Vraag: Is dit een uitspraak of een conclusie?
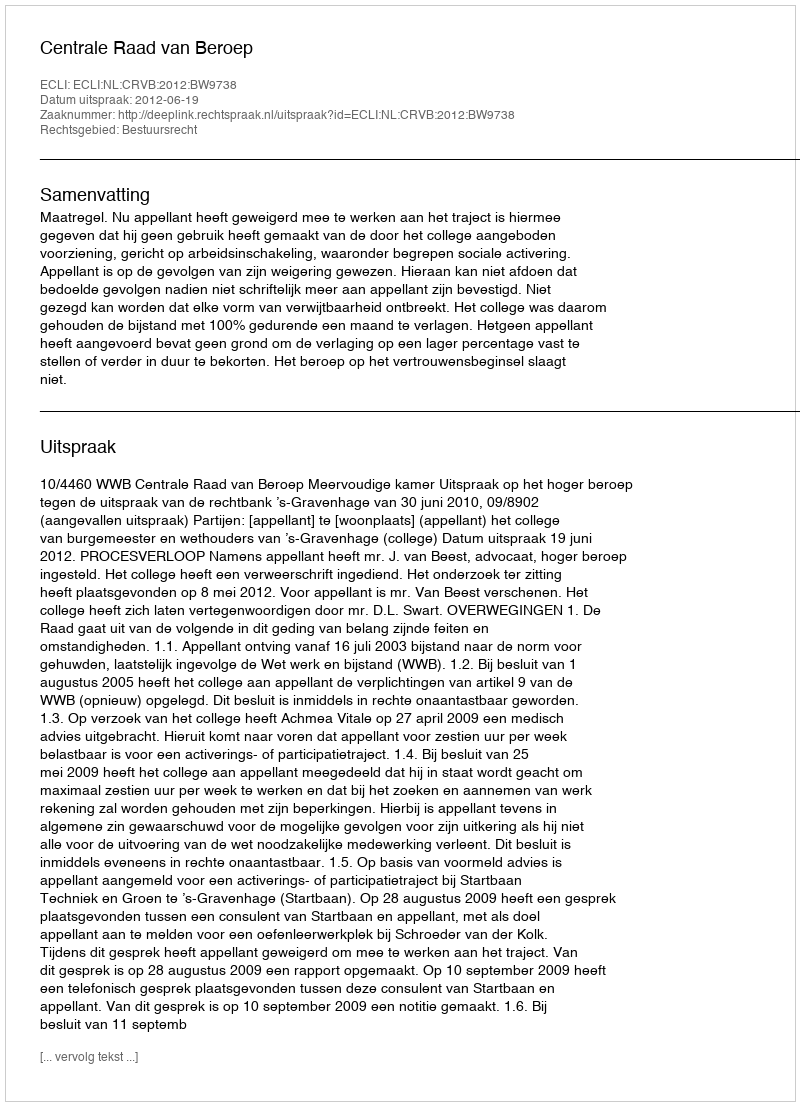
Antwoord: Uitspraak